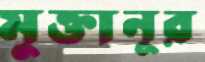
মুক্তানূর